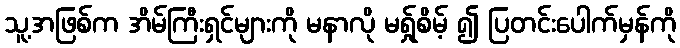
သူ့အဖြစ်က အိမ်ကြီးရှင်များကို မနာလို မရ်ှုစိမ့် ၍ ပြတင်းပေါက်မှန်ကို